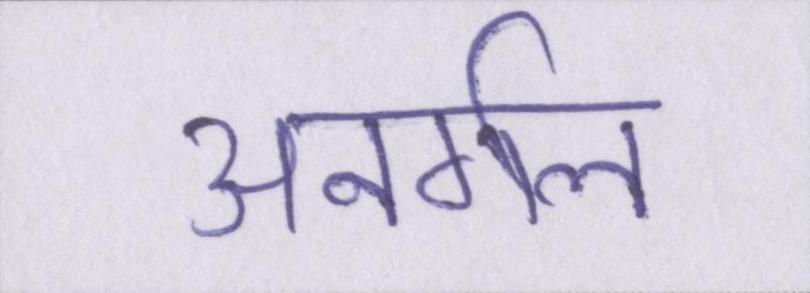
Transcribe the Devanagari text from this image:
अनर्गल